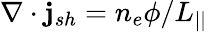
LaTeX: \nabla\cdot\mathbf{j}_{sh}=n_{e}\phi/L_{||}